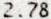
2.78